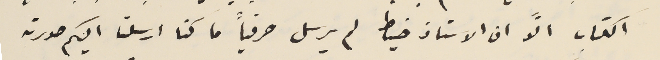
الكتاب الاَّ ان الاستاذ خياط لم يرسل حرفياً ما كنا ارسلنا اليكم صورته